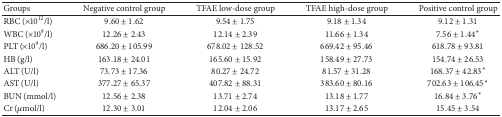
<table><thead><tr><td><b>Groups</b></td><td><b>Negative control group</b></td><td><b>TFAE low-dose group</b></td><td><b>TFAE high-dose group</b></td><td><b>Positive control group</b></td></tr></thead><tbody><tr><td>RBC (×10<sup>12</sup>/l)</td><td>9.60 ± 1.62</td><td>9.54 ± 1.75</td><td>9.18 ± 1.34</td><td>9.12 ± 1.31</td></tr><tr><td>WBC (×10<sup>9</sup>/l)</td><td>12.26 ± 2.43</td><td>12.14 ± 2.39</td><td>11.66 ± 1.34</td><td>7.56 ± 1.44<sup><i>∗</i></sup></td></tr><tr><td>PLT (×10<sup>9</sup>/l)</td><td>686.20 ± 105.99</td><td>678.02 ± 128.52</td><td>669.42 ± 95.46</td><td>618.78 ± 93.81</td></tr><tr><td>HB (g/l)</td><td>163.18 ± 24.01</td><td>165.60 ± 15.92</td><td>158.49 ± 27.73</td><td>154.74 ± 26.53</td></tr><tr><td>ALT (U/l)</td><td>73.73 ± 17.36</td><td>80.27 ± 24.72</td><td>81.57 ± 31.28</td><td>168.37 ± 42.83<sup><i>∗</i></sup></td></tr><tr><td>AST (U/l)</td><td>377.27 ± 65.37</td><td>407.82 ± 88.31</td><td>383.60 ± 80.16</td><td>702.63 ± 106.45<sup><i>∗</i></sup></td></tr><tr><td>BUN (mmol/l)</td><td>12.56 ± 2.38</td><td>13.71 ± 2.74</td><td>13.18 ± 1.77</td><td>16.84 ± 3.76<sup><i>∗</i></sup></td></tr><tr><td>Cr (<i>μ</i>mol/l)</td><td>12.30 ± 3.01</td><td>12.04 ± 2.06</td><td>13.17 ± 2.65</td><td>15.45 ± 3.54</td></tr></tbody></table>